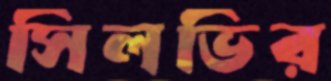
সিলভির